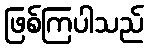
ဖြစ်ကြပါသည်